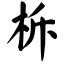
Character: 柝